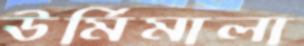
ঊর্মিমালা